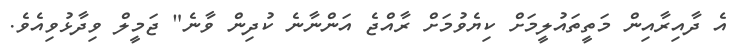
އެ ދާއިރާއިން މަތީތައުލީމަށް ކިޔެވުމަށް ރާއްޖެ އަންނާނެ ކުދިން ވާނެ" ޖަމީލް ވިދާޅުވިއެވެ.